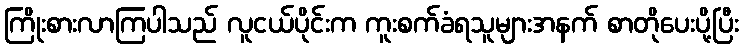
ကြိုးစားလာကြပါသည် လူငယ်ပိုင်းက ကူးစက်ခံရသူများအနက် စာတိုပေးပို့ပြီး